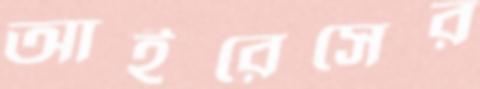
আইরেসের